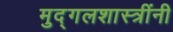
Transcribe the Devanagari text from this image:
मुद्गलशास्त्रींनी